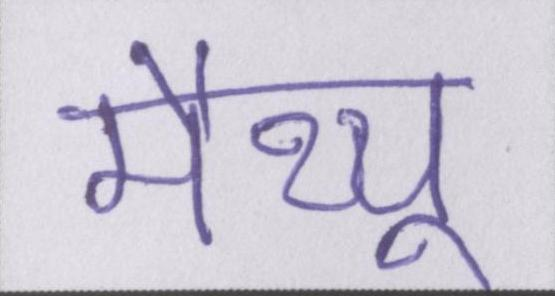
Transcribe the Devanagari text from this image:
मैथ्यू